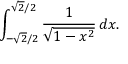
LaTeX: \int _ { - { \sqrt { 2 } } / 2 } ^ { { \sqrt { 2 } } / 2 } { \frac { 1 } { \sqrt { 1 - x ^ { 2 } } } } \, d x .